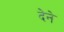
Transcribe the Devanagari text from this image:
देेने